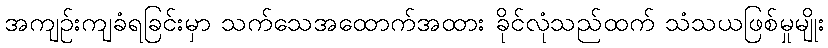
အကျဉ်းကျခံရခြင်းမှာ သက်သေအထောက်အထား ခိုင်လုံသည်ထက် သံသယဖြစ်မှုမျိုး